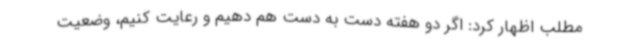
مطلب اظهار کرد: اگر دو هفته دست به دست هم دهیم و رعایت کنیم، وضعیت